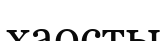
хаосты